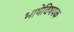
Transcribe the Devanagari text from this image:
भाषेविषयक